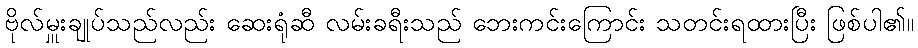
ဗိုလ်မှူးချုပ်သည်လည်း ဆေးရုံဆီ လမ်းခရီးသည် ဘေးကင်းကြောင်း သတင်းရထားပြီး ဖြစ်ပါ၏။